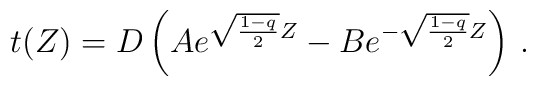
t(Z) = D\left( Ae^{\sqrt{\frac{1-q}{2}}Z} -Be^{-\sqrt{\frac{1-q}{2}}Z}\right)\, .